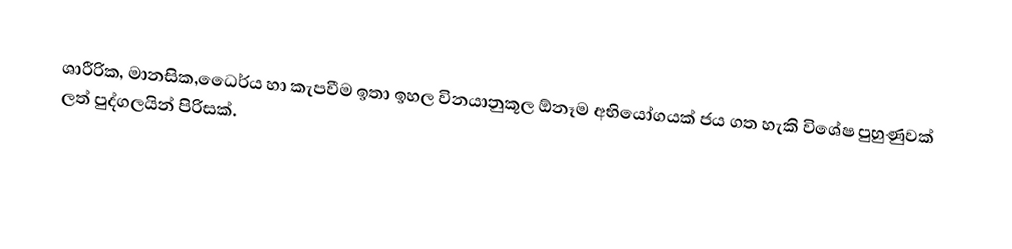
ශාරීරික, මානසික,ධෙෙර්ය හා කැපවීම ඉතා ඉහල විනයානුකූල ඕනෑම අභියෝගයක් ජය ගත හැකි විශේෂ පුහුණුවක් ලත් පුද්ගලයින් පිරිසක්.